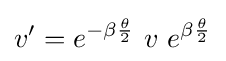
v'=e^{-\beta {\frac {\theta }{2}}}\ v\ e^{\beta {\frac {\theta }{2}}}